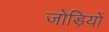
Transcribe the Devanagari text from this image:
जोड़ियों